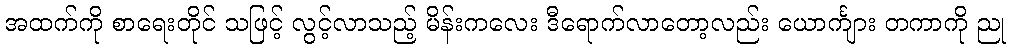
အထက်ကို စာရေးတိုင် သဖြင့် လွင့်လာသည့် မိန်းကလေး ဒီရောက်လာတော့လည်း ယောင်္ကျား တကာကို ညု